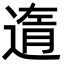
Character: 遀